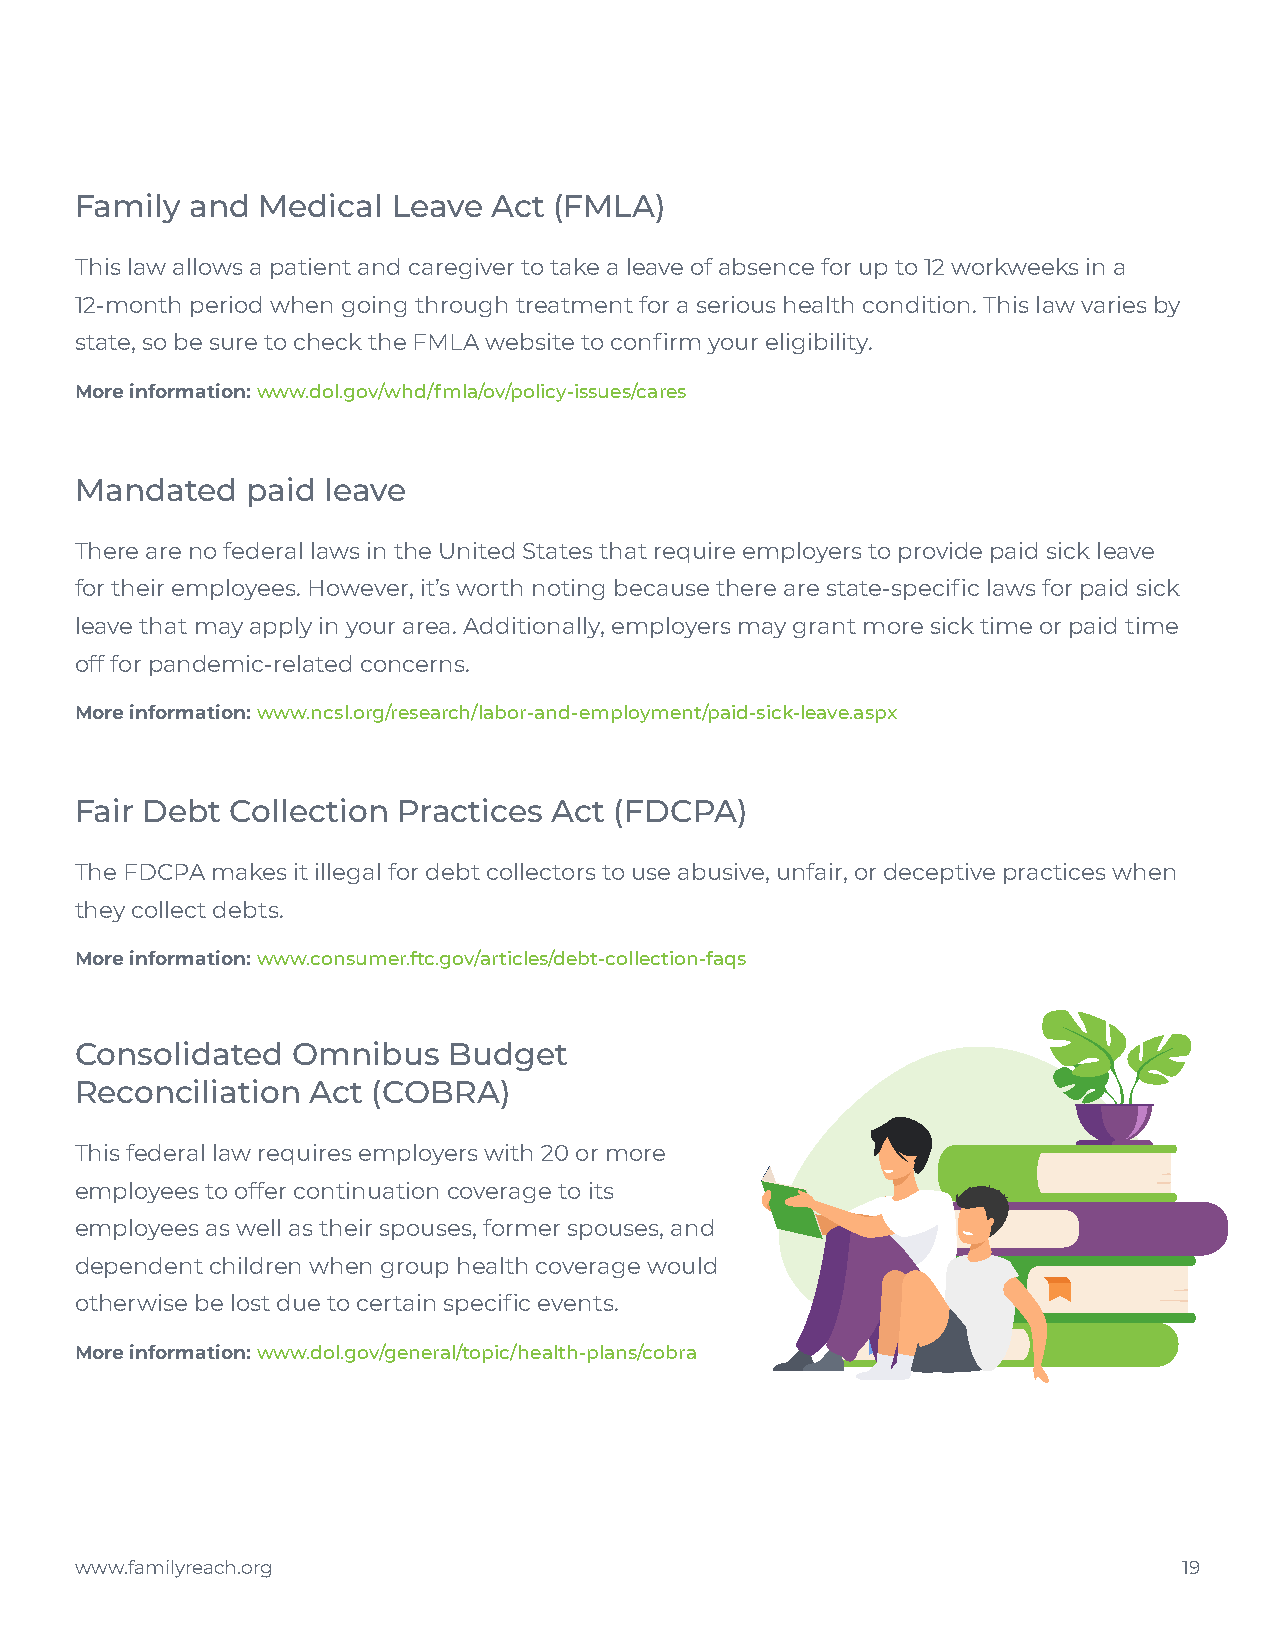
Family  and Medical  Leave  Act (FMLA)
 This law allows a patient and caregiver to take a leave of absence for up to 12 workweeks in a
 12-month period when going through treatment for a serious health condition. This law varies by
 state, so be sure to check the FMLA website to confirm your eligibility.
 More information: www.dol.gov/whd/fmla/ov/policy-issues/cares
 Mandated   paid leave
 There are no federal laws in the United States that require employers to provide paid sick leave
 for their employees. However, it’s worth noting because there are state-specific laws for paid sick
 leave that may apply in your area. Additionally, employers may grant more sick time or paid time
 off for pandemic-related concerns.
 More information: www.ncsl.org/research/labor-and-employment/paid-sick-leave.aspx
 Fair Debt Collection Practices  Act (FDCPA)
 The FDCPA makes it illegal for debt collectors to use abusive, unfair, or deceptive practices when
 they collect debts.
 More information: www.consumer.ftc.gov/articles/debt-collection-faqs
 Consolidated  Omnibus    Budget
 Reconciliation Act  (COBRA)
 This federal law requires employers with 20 or more
 employees to offer continuation coverage to its
 employees as well as their spouses, former spouses, and
 dependent children when group health coverage would
 otherwise be lost due to certain specific events.
 More information: www.dol.gov/general/topic/health-plans/cobra
 www.familyreach.org                                                      19